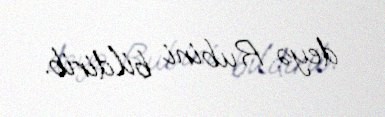
deyə Rubini bildirib.